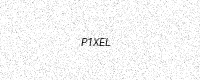
Text: P1XEL